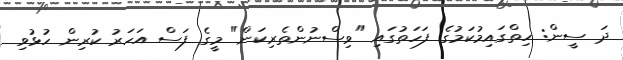
ދަ ސީން: ހިތްގައިމުކަމުގެ ފަހަތުގައި "ވިސްނުންތެރިކަން" މީގެ ފަސް އަހަރު ކުރިން ހުޅުވި